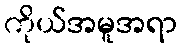
ကိုယ်အမူအရာ